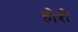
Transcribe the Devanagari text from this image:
होशे